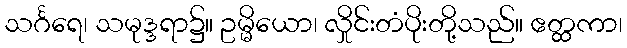
သင်္ဂရေ၊ သမုဒ္ဒရာ၌။ ဥမ္မိယော၊ လှိုင်းတံပိုးတို့သည်။ ဧတ္ထကာ၊